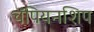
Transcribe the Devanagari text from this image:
चॅंपियनशिप